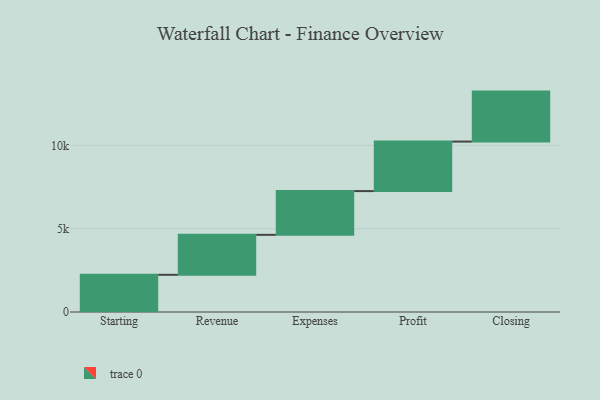
{"axis": {"x": "Step", "y": "Value"}, "legend": [""], "data": [{"x": "Starting", "y": 2232.0, "type": ""}, {"x": "Revenue", "y": 2399.0, "type": ""}, {"x": "Expenses", "y": 2626.0, "type": ""}, {"x": "Profit", "y": 2971.0, "type": ""}, {"x": "Closing", "y": 3000, "type": ""}]}